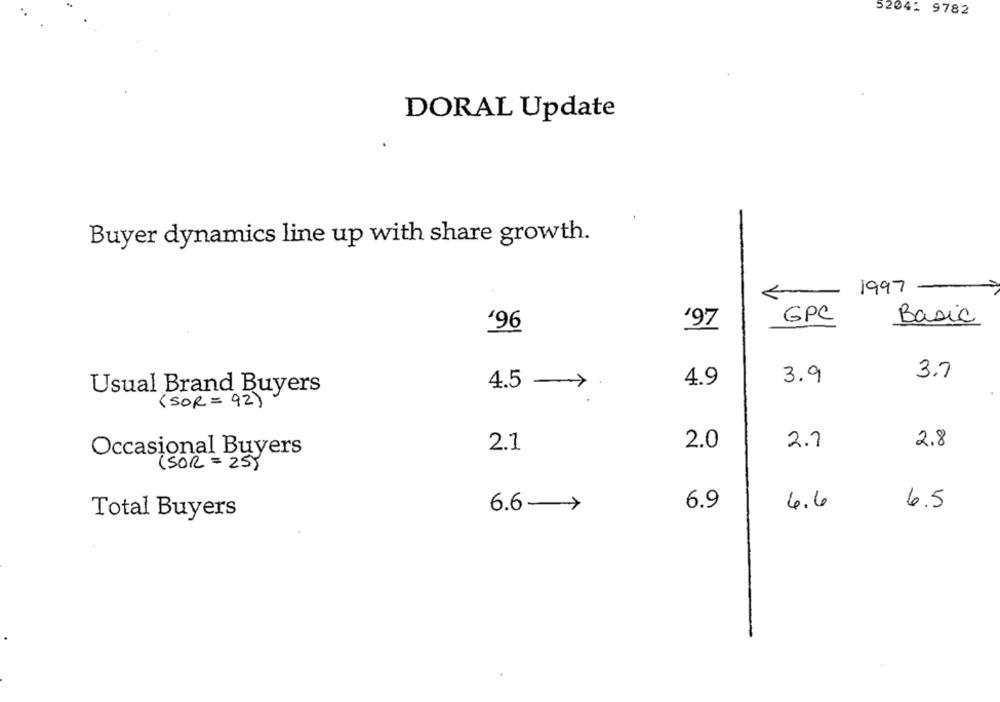
52041 9782
DORAL Update
-
Buyer dynamics line up with share growth.
1997
'97
GPC
Basic
‘96
3.7
4.9
3.9
Usual Brand Buyers
4.5
( SOR = 92)
2.8
2.1
2.0
2.7
Occasional Buyers
( SOR = 25)
4.6
6.5
6.6->
6.9
Total Buyers